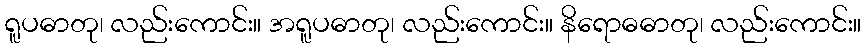
ရူပဓာတု၊ လည်းကောင်း။ အရူပဓာတု၊ လည်းကောင်း။ နိရောဓဓာတု၊ လည်းကောင်း။